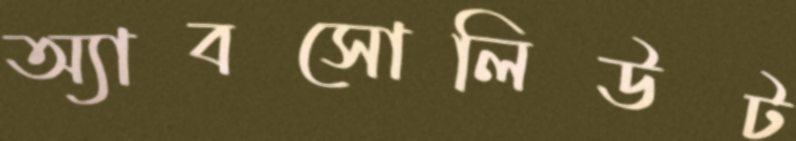
অ্যাবসোলিউট